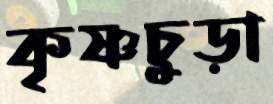
কৃষ্ণচুড়া